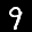
Label: 9